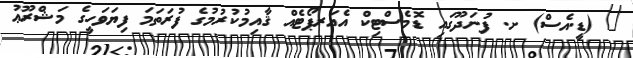
_ (ޑީ.އެސް) ށ. ފުނަދޫގައި ޑޮމެސްޓިކް އެއަރޕޯޓެއް ޤާއިމުކުރުމުގެ ފުރަތަމަ ފިޔަވަހީގެ މަޝްރޫޢު